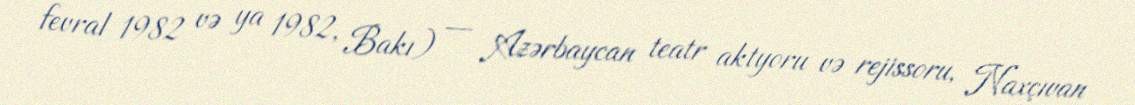
fevral 1982 və ya 1982, Bakı) — Azərbaycan teatr aktyoru və rejissoru, Naxçıvan